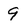
Character: 9